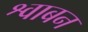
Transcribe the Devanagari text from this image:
श्वाबन